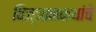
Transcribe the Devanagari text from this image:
विज्ञानकथांचे